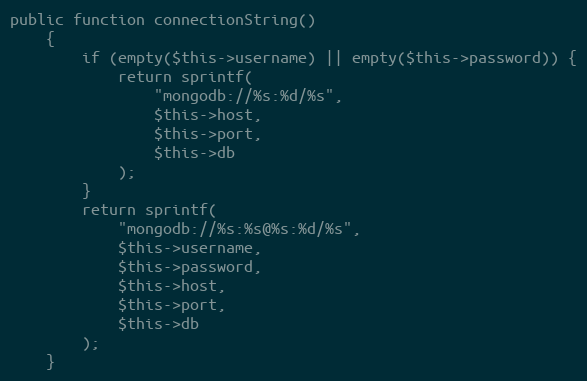
Language: PHP
public function connectionString()
    {
        if (empty($this->username) || empty($this->password)) {
            return sprintf(
                "mongodb://%s:%d/%s",
                $this->host,
                $this->port,
                $this->db
            );
        }
        return sprintf(
            "mongodb://%s:%s@%s:%d/%s",
            $this->username,
            $this->password,
            $this->host,
            $this->port,
            $this->db
        );
    }